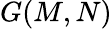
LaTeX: G(M,N)